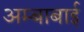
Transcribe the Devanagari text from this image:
अम्बाबाई